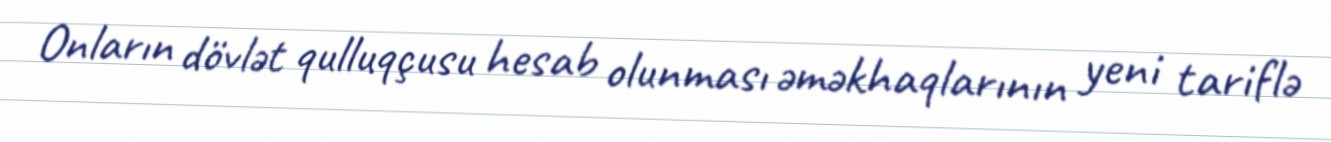
Onların dövlət qulluqçusu hesab olunması əməkhaqlarının yeni tariflə